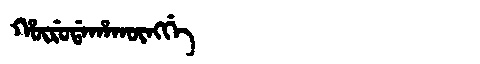
Manchu: ᡥᡡᡵᡠᡩᠠᡥᠠᡴᡡᠩᡤᡝ
Romanization: HŪRUDAHAKŪNGGE